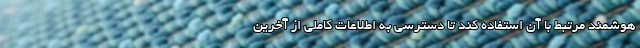
هوشمند مرتبط با آن استفاده کند تا دسترسی به اطلاعات کاملی از آخرین